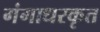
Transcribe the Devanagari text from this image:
गंगाधरकृत